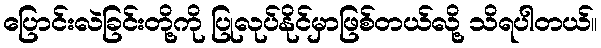
ပြောင်းလဲခြင်းတို့ကို ပြုလုပ်နိုင်မှာဖြစ်တယ်လို့ သိရပါတယ်။